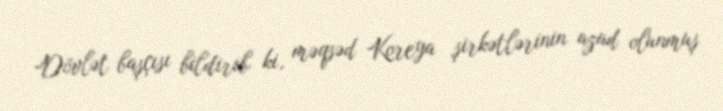
Dövlət başçısı bildirib ki, məqsəd Koreya şirkətlərinin azad olunmuş